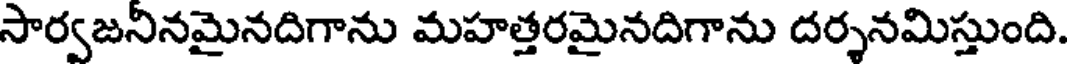
సార్వజనినమైనదిగాను మహత్తరమైనదిగాను దర్శనమిస్తుంది.